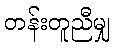
တန်းတူညီမျှ